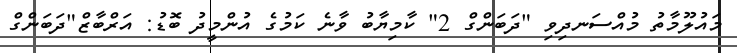
މައުލޫމާތު މުއްސަނދިވި "ދަބަންގް 2" ކާމިޔާބު ވާނެ ކަމުގެ އުންމީދު ބޮޑު: އަރްބާޒް"ދަބަންގް